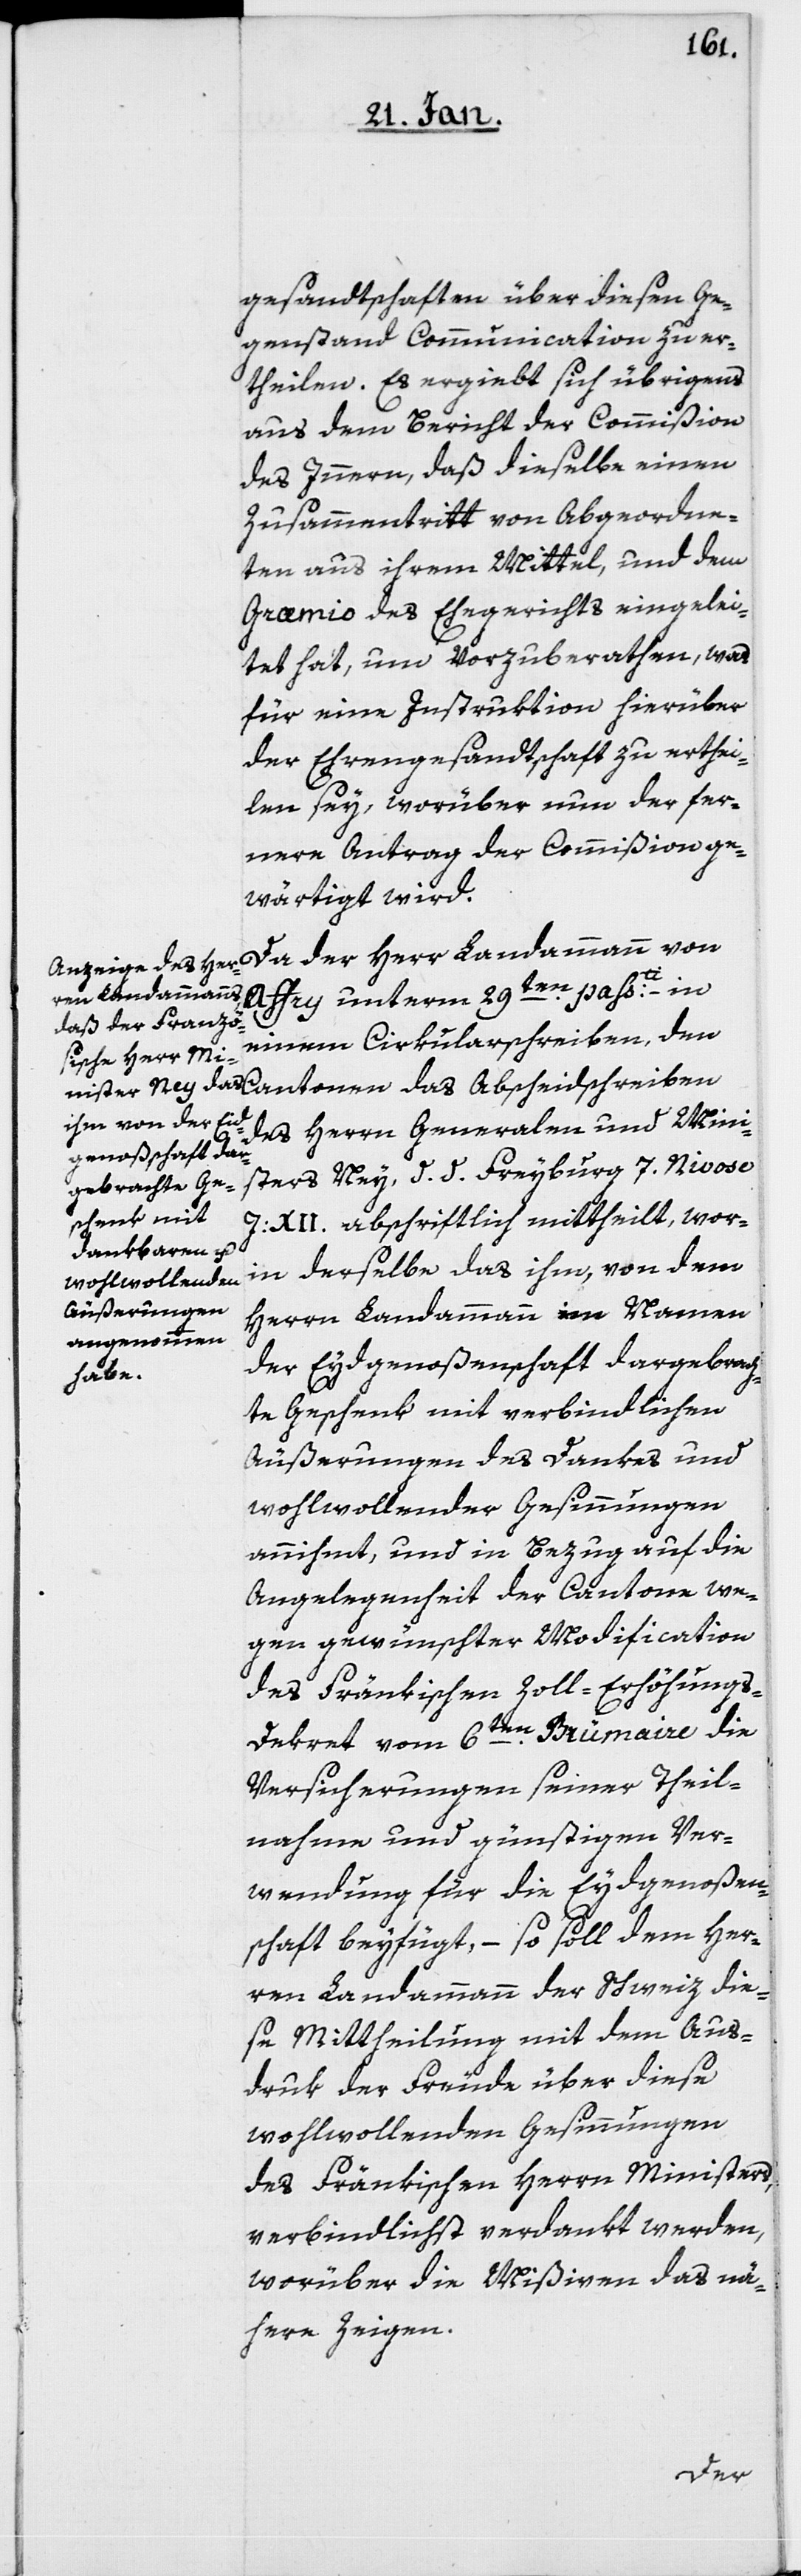
gesandtschaften über diesen Ge¬
genstand Communication zu er¬
theilen. Es ergiebt sich übrigens
aus dem Bericht der Commißion
des Innern, daß dieselbe einen
Zusammentritt von Abgeordne¬
ten aus ihrem Mittel, und dem
Græmio des Ehegerichts eingelei¬
tet hat, um vorzuberathen, was
für eine Instruktion hierüber
der Ehrengesandtschaft zu erthei¬
len sey, worüber nun der fer¬
nere Antrag der Commißion ge¬
wärtigt wird.
Da der Herr Landammann von
Affry unterm 29sten. passti. – in
einem Cirkularschreiben den
des Herrn Generalen und Mini¬
sters Ney, d. d. Freyburg 7. Nivose
J: XII. abschriftlich mittheilt, wor¬
in derselbe das ihm, von dem
Herrn Landammann im Namen
der Eydgenoßenschaft dargebrach¬
te Geschenk mit verbindlichen
Äußerungen des Dankes und
wohlwollender Gesinnungen
annihmt, und in Bezug auf die
Angelegenheit der Cantone we¬
gen gewünschter Modification
des Fränkischen Zoll-Erhöhungs-D¬
ekret vom 6ten. Brümaire die
Versicherungen seiner Theil¬
nahme und günstigen Ver¬
wendung für die Eydgenoßen¬
schaft beyfügt, – so soll dem Her¬
ren Landammann der Schweiz die¬
se Mittheilung mit dem Aus¬
druk der Freude über diese
wohlwollenden Gesinnungen
des Fränkischen Herrn Ministers,
verbindlichst verdankt werden,
worüber die Mißiven das nä¬
here zeigen.